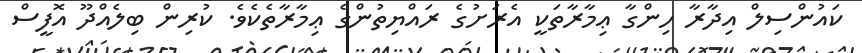
ކައުންސިލް އިދާރާ ހިންގާ ޢިމާރާތަކީ އެރަށުގެ ރައްޔިތުންގެ ޢިމާރާތެކެވެ. ކުރިން ބިލެއްދޫ އޮފީސް